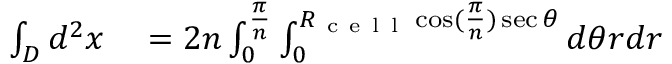
\begin{array} { r l } { \int _ { D } d ^ { 2 } x } & { { } = 2 n \int _ { 0 } ^ { \frac { \pi } { n } } \int _ { 0 } ^ { R _ { \mathrm { ~ c ~ e ~ l ~ l ~ } } \cos ( \frac { \pi } { n } ) \sec \theta } d \theta r d r } \end{array}